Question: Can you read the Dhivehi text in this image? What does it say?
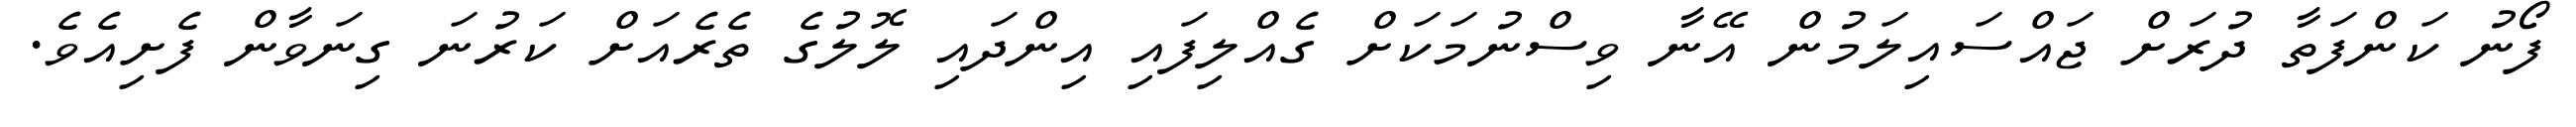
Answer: ފޯނު ކަންފަތާ ދުރަށް ޖައްސައިލަމުން އޭނާ ވިސްނުމަކަށް ގެއްލިފައި އިންދައި ލޮލުގެ ތެރެއަށް ކަރުނަ ގިނަވާން ފެށިއެވެ.